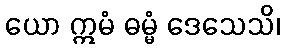
ယော ဣမံ ဓမ္မံ ဒေသေသိ၊